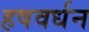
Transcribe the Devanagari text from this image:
हषवर्धन